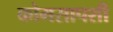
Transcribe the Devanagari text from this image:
कोमसापशी